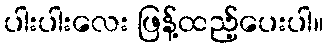
ပါးပါးလေး ဖြန့်ထည့်ပေးပါ။